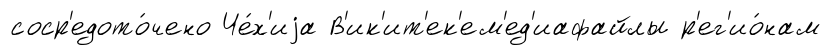
соср'едото́чено Че́х'иjа В'ик'ит'ек'ем'ед'иафайлы р'ег'ио́нам